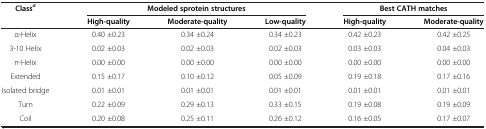
| <ROWSPAN=2> Classa | <COLSPAN=3> Modeled sprotein structures | <COLSPAN=2> Best CATH matches |
 | High-quality | Moderate-quality | Low-quality | High-quality | Moderate-quality |
 | --- | --- | --- | --- | --- | --- |
 | α-Helix | 0.40 ±0.23 | 0.34 ±0.24 | 0.34 ±0.23 | 0.42 ±0.23 | 0.42 ±0.25 |
 | 3-10 Helix | 0.02 ±0.03 | 0.02 ±0.03 | 0.02 ±0.03 | 0.03 ±0.03 | 0.04 ±0.03 |
 | π-Helix | 0.00 ±0.00 | 0.00 ±0.00 | 0.00 ±0.00 | 0.00 ±0.00 | 0.00 ±0.00 |
 | Extended | 0.15 ±0.17 | 0.10 ±0.12 | 0.05 ±0.09 | 0.19 ±0.18 | 0.17 ±0.16 |
 | Isolated bridge | 0.01 ±0.01 | 0.01 ±0.01 | 0.01 ±0.01 | 0.01 ±0.01 | 0.01 ±0.01 |
 | Turn | 0.22 ±0.09 | 0.29 ±0.13 | 0.33 ±0.15 | 0.19 ±0.08 | 0.19 ±0.09 |
 | Coil | 0.20 ±0.08 | 0.25 ±0.11 | 0.26 ±0.12 | 0.16 ±0.05 | 0.17 ±0.07 |